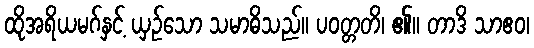
ထိုအရိယမဂ်နှင့် ယှဉ်သော သမာဓိသည်။ ပဝတ္တတိ၊ ၏။ တာဒိ သာဧဝ၊